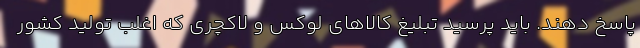
پاسخ دهند. باید پرسید تبلیغ کالاهای لوکس و لاکچری که اغلب تولید کشور